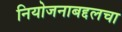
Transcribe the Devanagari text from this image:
नियोजनाबद्दलचा